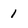
Character: 1